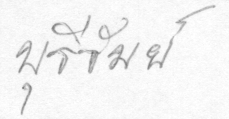
บุรีรัมย์